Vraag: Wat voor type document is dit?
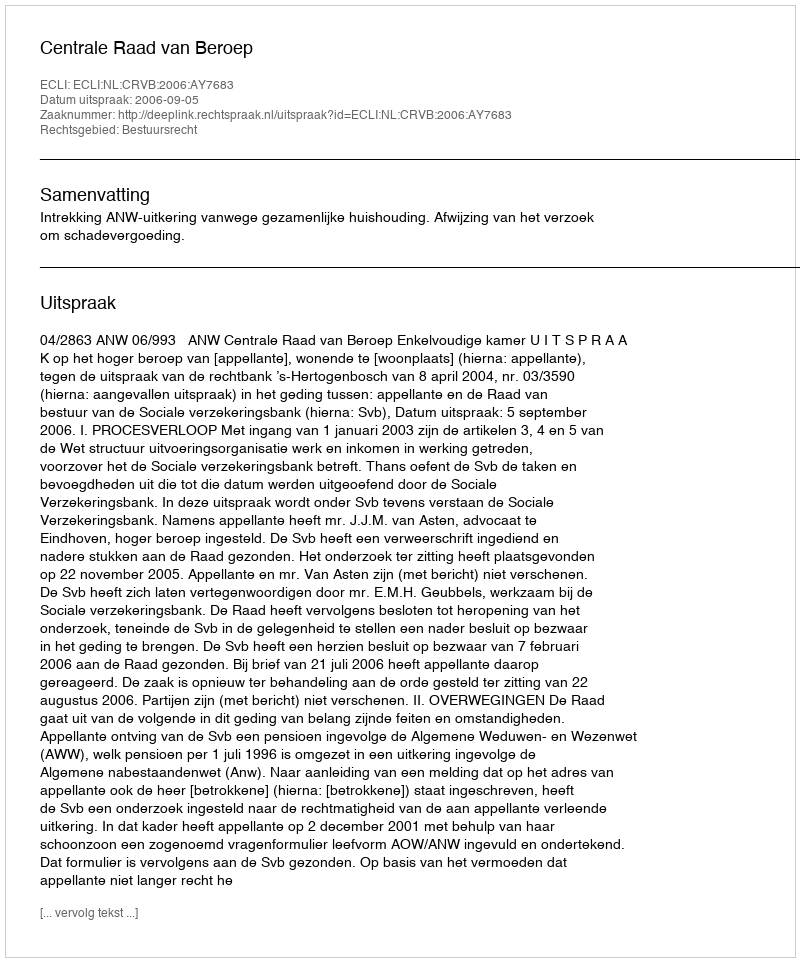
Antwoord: Uitspraak